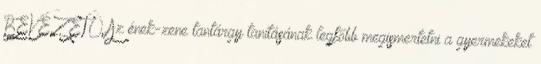
BEVEZETŐ Az ének-zene tantárgy tanításának legfőbb megismertetni a gyermekeket